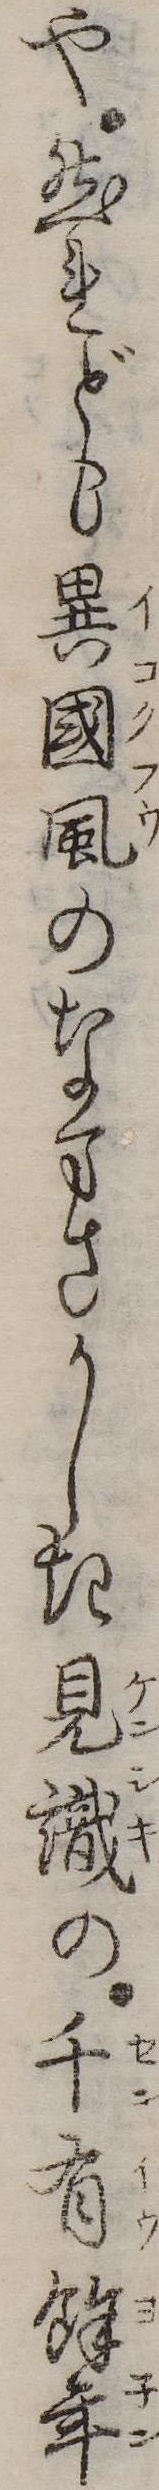
や然れども異国風のなまさかしき見識の千有余年